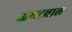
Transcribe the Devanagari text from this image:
ऊमटवाल